Report of the Indian Hemp Drugs Commission, 1894-1895 - Volume VI
Year: 1894
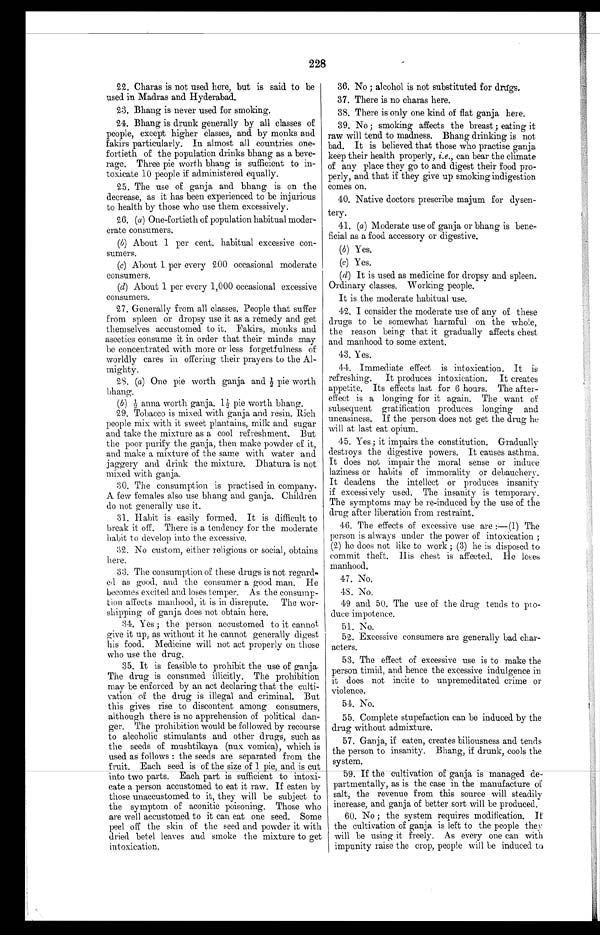
228
22. Charas is not used here, but is said to be
used in Madras and Hyderabad.
23. Bhang is never used for smoking.
24. Bhang is drunk generally by all classes of
people, except higher classes, and by monks and
fakirs particularly. In almost all countries one-
fortieth of the population drinks bhang as a beve-
rage. Three pie worth bhang is sufficient to in-
toxicate 10 people if administered equally.
25. The use of ganja and bhang is on the
decrease, as it has been experienced to be injurious
to health by those who use them excessively.
26. ( a ) One-fortieth of population habitual moder-
erate consumers.
(b) About 1 per cent. habitual excessive con-
sumers.
(c) About 1 per every 200 occasional moderate
consumers.
(d) About 1 per every 1,000 occasional excessive
consumers.
27. Generally from all classes. People that suffer
from spleen or dropsy use it as a remedy and get
themselves accustomed to it. Fakirs, monks and
ascetics consume it in order that their minds may
be concentrated with more or less forgetfulness of
worldly cares in offering their prayers to the Al-
mighty.
28. (a) One pie worth ganja and ½ pie worth
bhang.
( b ) ½ anna worth ganja. 1 ½ pie worth bhang.
29. Tobacco is mixed with ganja and resin. Rich
people mix with it sweet plantains, milk and sugar
and take the mixture as a cool refreshment. But
the poor purify the ganja, then make powder of it,
and make a mixture of the same with water and
jaggery and drink the mixture. Dhatura is not
mixed with ganja.
30. The consumption is practised in company.
A few females also use bhang and ganja. Children
do not generally use it.
31. Habit is easily formed. It is difficult to
break it off. There is a tendency for the moderate
habit to develop into the excessive.
32. No custom, either religious or social, obtains
here.
33. The consumption of these drugs is not regard-
ed as good, and the consumer a good man. He
becomes excited and loses temper. As the consump-
tion affects manhood, it is in disrepute. The wor-
shipping of ganja does not obtain here.
34. Yes ; the person accustomed to it cannot
give it up, as without it he cannot generally digest
his food. Medicine will not act properly on those
who use the drug.
35. It is feasible to prohibit the use of ganja.
The drug is consumed illicitly. The prohibition
may be enforced by an act declaring that the culti-
vation of the drug is illegal and criminal. But
this gives rise to discontent among consumers,
although there is no apprehension of political dan-
ger. The prohibition would be followed by recourse
to alcoholic stimulants and other drugs, such as
the seeds of mushtikaya (nux vomica), which is
used as follows : the seeds are separated from the
fruit. Each seed is of the size of 1 pie, and. is cut
into two parts. Each part is sufficient to intoxi-
cate a person accustomed to eat it raw. If eaten by
those unaccustomed to it, they will be subject to
the symptom of aconitic poisoning. Those who
are well accustomed to it can eat one seed. Some
peel off the skin of the seed and powder it with
dried betel leaves and smoke the mixture to get
intoxication.
36. No ; alcohol is not substituted for drugs.
37. There is no charas here.
38. There is only one kind of flat ganja here.
39. No ; smoking affects the breast ; eating it
raw will tend to madness. Bhang drinking is not
bad. It is believed that those who practise ganja
keep their health properly, i.e., can bear the climate
of any place they go to and digest their food pro-
perly, and that if they give up smoking indigestion
comes on.
40. Native doctors prescribe majum for dysen-
tery.
41. (a ) Moderate use of ganja or bhang is bene-
ficial as a food accessory or digestive.
(b) Yes.
(c) Yes.
(d) It is used as medicine for dropsy and spleen.
Ordinary classes. Working people.
It is the moderate habitual use.
42. I consider the moderate use of any of these
drugs to be somewhat harmful on the whole,
the reason being that it gradually affects chest
and manhood to some extent.
43. Yes.
44. Immediate effect is intoxication. It is
refreshing. It produces intoxication. It creates
appetite. Its effects last for 6 hours. The after-
effect is a longing for it again. The want of
subsequent gratification produces longing and
uneasiness. If the person does not get the drug he
will at last eat opium.
45. Yes ; it impairs the constitution. Gradually
destroys the digestive powers. It causes asthma.
It does not impair the moral sense or induce
laziness or habits of immorality or debauchery.
It deadens the intellect or produces insanity
if excessively used. The insanity is temporary.
The symptoms may be re-induced by the use of the
drug after liberation from restraint.
46. The effects of excessive use are :—(1) The
person is always under the power of intoxication ;
(2) he does not like to work ; (3) lie is disposed to
commit theft. His chest is affected. He loses
manhood.
47. No.
48. No.
49 and 50. The use of the drug tends to pro-
duce impotence.
51. No.
52. Excessive consumers are generally bad char-
acters.
53. The effect of excessive use is to make the
person timid, and hence the excessive indulgence in
it does not incite to unpremeditated crime or
violence.
54. No.
55. Complete stupefaction can be induced by the
drug without admixture.
57. Ganja, if eaten, creates biliousness and tends
the person to insanity. Bhang, if drunk, cools the
system.
59. If the cultivation of ganja is managed de-
partmentally, as is the case in the manufacture of
salt, the revenue from this source will steadily
increase, and ganja of better sort will be produced.
60. No ; the system requires modification. If
the cultivation of ganja is left to the people they
will be using it freely. As every one can with
impunity raise the crop, people will be induced to